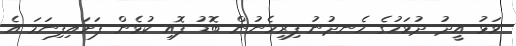
ވަޅު އީދު ދުވަހުގެ ހެނދުނު ފިރިހެނުން ބޮޑު ފޮއި ކުޅެން ފަށައިފިނަމަ އެ